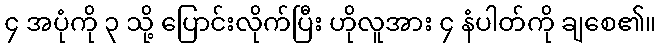
၄ အပုံကို ၃ သို့ ပြောင်းလိုက်ပြီး ဟိုလူအား ၄ နံပါတ်ကို ချစေ၏။